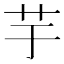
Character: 芋